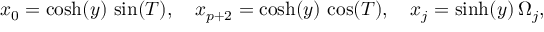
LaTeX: x _ { 0 } = \cosh ( y ) \, \sin ( T ) , \, \, \, \, \, \, x _ { p + 2 } = \cosh ( y ) \, \cos ( T ) , \, \, \, \, \, \, x _ { j } = \sinh ( y ) \, \Omega _ { j } ,